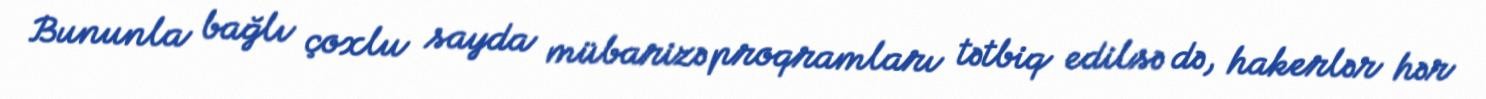
Bununla bağlı çoxlu sayda mübarizə proqramları tətbiq edilsə də, hakerlər hər